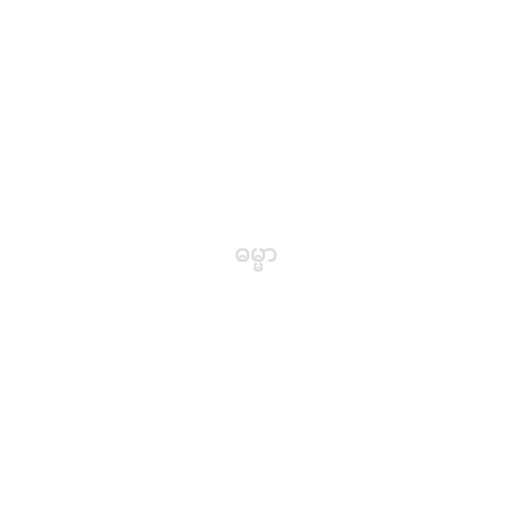
ဓမ္မာ